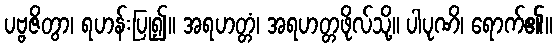
ပဗ္ဗဇိတွာ၊ ရဟန်းပြု၍။ အရဟတ္တံ၊ အရဟတ္တဖိုလ်သို့။ ပါပုဏိ၊ ရောက်၏။